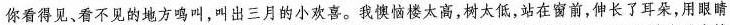
你看得见、看不见的地方鸣叫，叫出三月的小欢喜。我懊恼楼太高，树太低，站在窗前，伸长了耳朵，用眼睛